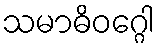
သမာဓိဝဂ္ဂေါ